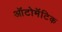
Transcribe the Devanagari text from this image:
ऑटोमॅटिक